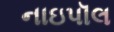
નાઇપૉલ